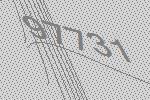
97731